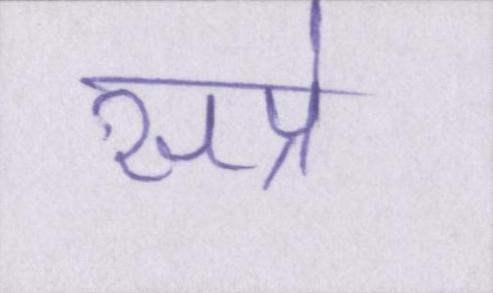
सप्रे